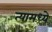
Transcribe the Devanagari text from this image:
त्‍यामध्‍ये